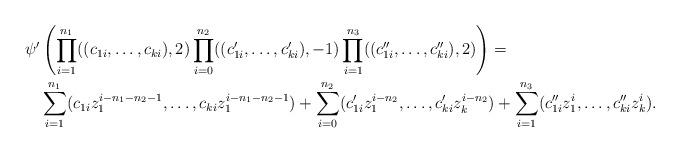
LaTeX: \begin{align*} \psi'& \left( \prod_{i=1}^{n_1}((c_{1i}, \ldots,c_{ki}),2) \prod_{i=0}^{n_2}((c_{1i}',\ldots,c_{ki}'),-1) \prod_{i=1}^{n_3}((c_{1i}'',\ldots,c_{ki}''),2)\right) =\\ &\sum_{i=1}^{n_1}(c_{1i}z_1^{i-n_1-n_2-1},\ldots,c_{ki}z_1^{i-n_1-n_2-1})+\sum_{i=0}^{n_2}(c_{1i}'z_1^{i-n_2},\ldots,c_{ki}'z_k^{i-n_2})+\sum_{i=1}^{n_3}(c_{1i}''z_1^{i},\ldots,c_{ki}''z_k^{i}).\end{align*}